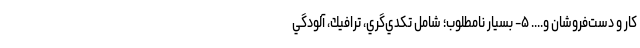
كار و دست‌فروشان و.... ۵- بسيار نامطلوب؛ شامل تكدي‌گري، ترافيك، آلودگي